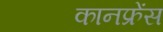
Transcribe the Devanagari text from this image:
कानफ्रेंस